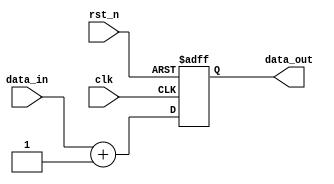
module ProcessingUnit (
    input wire clk,
    input wire rst_n,
    input wire [3:0] data_in,
    output reg [3:0] data_out
);
    always @(posedge clk or negedge rst_n) begin
        if (!rst_n) begin
            data_out <= 4'b0000; // Reset output
        end else begin
            data_out <= data_in + 1; // Simple operation: increment input
        end
    end
endmodule